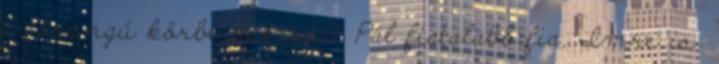
a főrangú körbe bekerült Pál fiatalabb fia, Imre is.